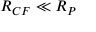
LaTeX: R _ { C F } \ll R _ { P }